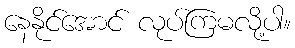
နေနိုင်အောင် လုပ်ကြမလို့ပါ။